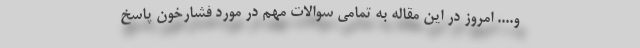
و.... امروز در این مقاله به تمامی سوالات مهم در مورد فشارخون پاسخ